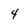
Character: 4